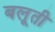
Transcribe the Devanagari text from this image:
बलूती